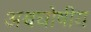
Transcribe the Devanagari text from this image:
अश्वघोषीय